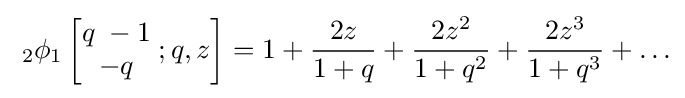
\;_{2}\phi _{1}\left[{\begin{matrix}q\;-1\\-q\end{matrix}}\;;q,z\right]=1+{\frac {2z}{1+q}}+{\frac {2z^{2}}{1+q^{2}}}+{\frac {2z^{3}}{1+q^{3}}}+\ldots